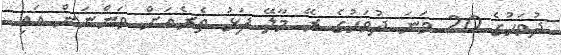
ދުވަހުގެ 20 ވަނަ ދުވަހުގެ ރޭ މާލޭ ފަޅު ތެރެއަށް ވަންނަން އައި